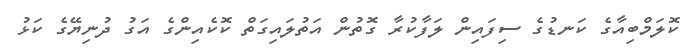
ކޮލަމްބިއާގެ ކަނޑުގެ ސިފައިން ލަފާކުރާ ގޮތުން އަތުލައިގަތް ކޮކެއިންގެ އަގު ދުނިޔޭގެ ކަޅު